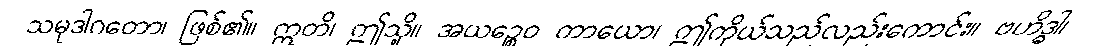
သမုဒါဂတော၊ ဖြစ်၏။ ဣတိ၊ ဤသို့။ အယဉ္စေဝ ကာယော၊ ဤကိုယ်သည်လည်းကောင်း။ ဗဟိဒ္ဓါ၊